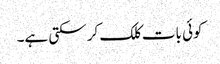
کوئی بات کلک کر سکتی ہے۔